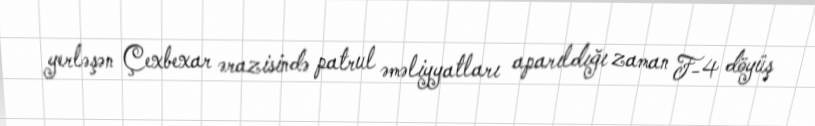
yerləşən Çexbexar ərazisində patrul əməliyyatları aparıldığı zaman F-4 döyüş